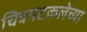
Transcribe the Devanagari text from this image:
चित्रपटकलेच्या